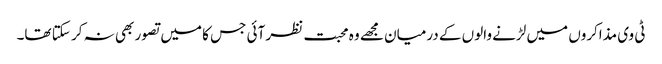
ٹی وی مذاکروں میں لڑنے والوں کے درمیان مجھے وہ محبت نظر آئی جس کا میں تصور بھی نہ کر سکتا تھا۔